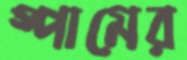
স্পামের